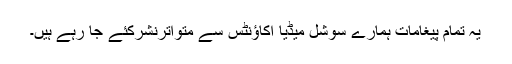
یہ تمام پیغامات ہمارے سوشل میڈیا اکاؤنٹس سے متواترنشرکئے جا رہے ہیں۔